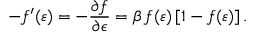
- f ^ { \prime } ( \varepsilon ) = - \frac { \partial f } { \partial \epsilon } = \beta \, f ( \varepsilon ) \left[ 1 - f ( \varepsilon ) \right] .